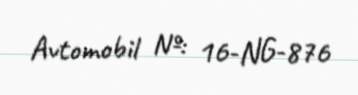
Avtomobil №: 16-NG-876